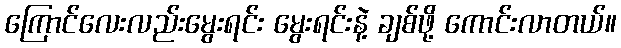
ကြောင်လေးလည်းမွေးရင်း မွေးရင်းနဲ့ ချစ်ဖို့ ကောင်းလာတယ်။